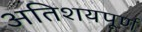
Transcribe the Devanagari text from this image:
अतिशयपूर्ण